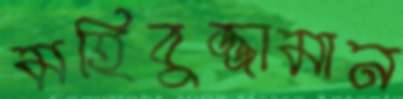
মহিবুজ্জামান